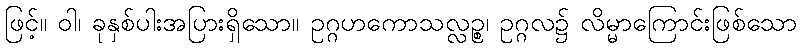
ဖြင့်။ ဝါ၊ ခုနှစ်ပါးအပြားရှိသော။ ဥဂ္ဂဟကောသလ္လဉ္စ၊ ဥဂ္ဂလ၌ လိမ္မာကြောင်းဖြစ်သော